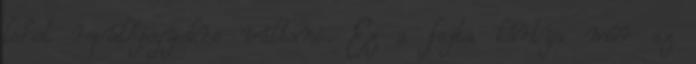
lehet repülőjegyekre váltani. Ez a fajta kártya már az